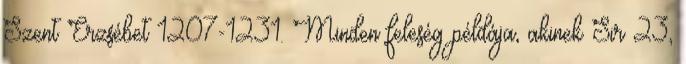
Szent Erzsébet 1207-1231. Minden feleség példája, akinek Sir 23,